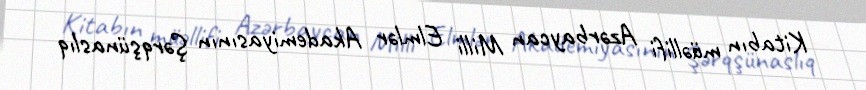
Kitabın müəllifi Azərbaycan Milli Elmlər Akademiyasının Şərqşünaslıq